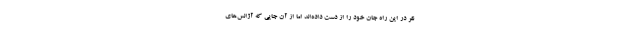
نفر در این راه جان خود را از دست داده‌اند اما از آن‌ جایی که آژانس‌های